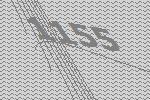
1155